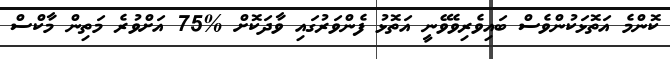
ކޮންމެ އަތޮޅަކުންވެސް ބައިވެރިވެވޭނީ އަތޮޅު ފެންވަރުގައި ވާދަކޮށް %75 އަށްވުރެ މަތިން މާކްސް